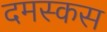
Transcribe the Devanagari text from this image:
दमस्कस